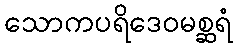
သောကပရိဒေဝမစ္ဆရံ